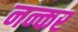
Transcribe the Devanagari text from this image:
नन्कर